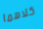
كلاهما